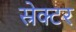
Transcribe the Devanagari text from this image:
स्रेक्टर